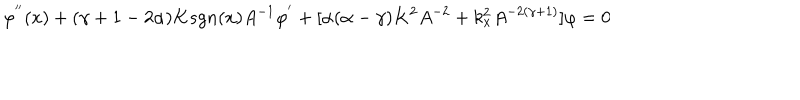
\varphi ^ { ' ^ { \prime } } ( x ) + ( \gamma + 1 - 2 \alpha ) K s g n ( x ) A ^ { - 1 } \varphi ^ { ' } + [ \alpha ( \alpha - \gamma ) K ^ { 2 } A ^ { - 2 } + k _ { x } ^ { 2 } A ^ { - 2 ( \gamma + 1 ) } ] \varphi = 0